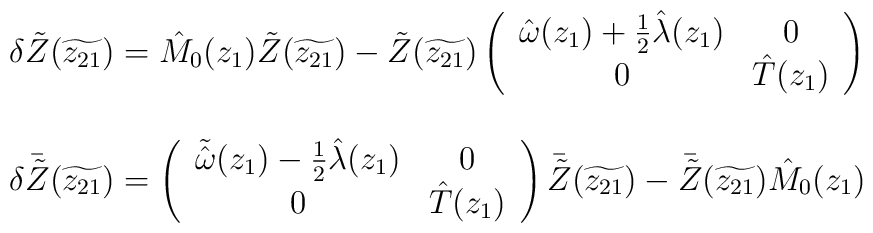
\begin{array}{l}\delta\tilde{Z}(\widetilde{z_{21}})=\hat{M}_{0}(z_{1})\tilde{Z}(\widetilde{z_{21}})- \tilde{Z}(\widetilde{z_{21}})\left(\begin{array}{cc}   \hat{\omega}(z_{1})+\textstyle{\frac{1}{2}}\hat{\lambda}(z_{1})&0\\0&\hat{T}(z_{1})\end{array}\right)\\{}\\\delta\bar{\tilde{Z}}(\widetilde{z_{21}})=\left(\begin{array}{cc}   \tilde{\hat{\omega}}(z_{1})-\textstyle{\frac{1}{2}}\hat{\lambda}(z_{1})&0\\0&\hat{T}(z_{1})\end{array}\right)\bar{\tilde{Z}}(\widetilde{z_{21}})-\bar{\tilde{Z}}(\widetilde{z_{21}})\hat{M}_{0}(z_{1})\end{array}